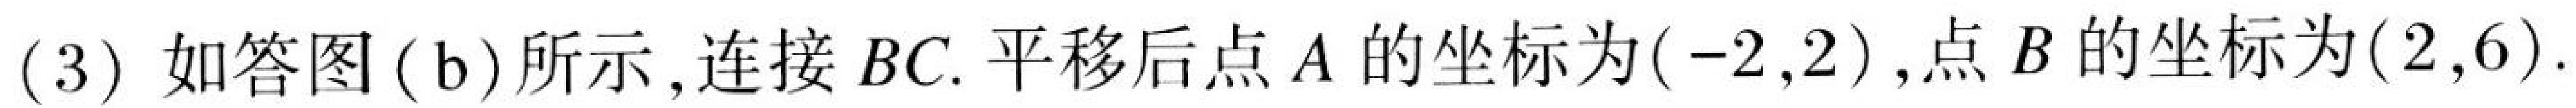
(3) 如答图 (b) 所示, 连接 \(BC\). 平移后点 \(A\) 的坐标为\((-2,2)\), 点 \(B\) 的坐标为\((2,6)\).